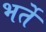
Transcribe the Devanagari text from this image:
भर्ते